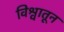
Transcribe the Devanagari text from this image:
विश्वातून